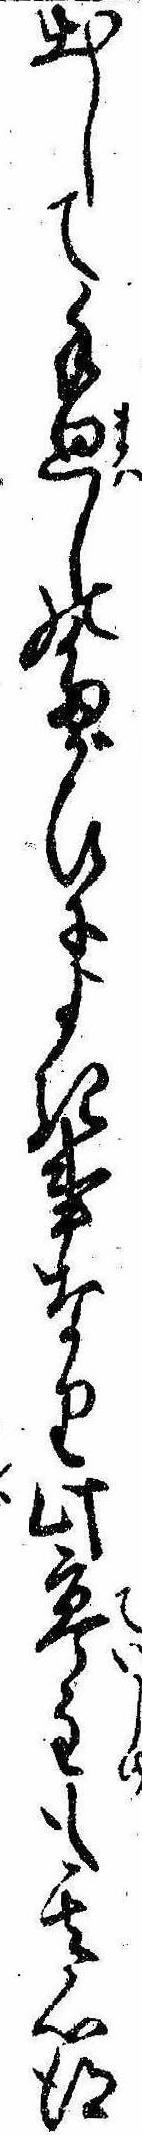
出して手廻しのたがひによき事なり此亭主も其心得